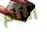
التام